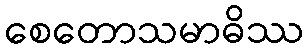
စေတောသမာဓိဿ